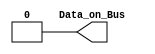
//it creates the constant value
module ConstantValueGenerator #(parameter DATA_WIDTH = 1,parameter BUS_DATA = 0) ( 
//port declerations
output wire [DATA_WIDTH-1:0] Data_on_Bus 
);
//assign DATA_BUS to the bus
assign Data_on_Bus [DATA_WIDTH-1:0]=BUS_DATA;

endmodule